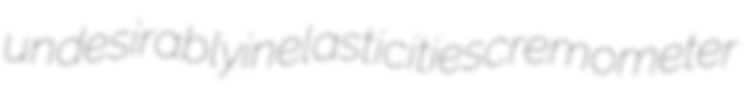
undesirably inelasticities cremometer